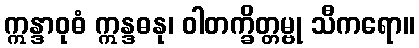
ဣန္ဒာဝုဓံ ဣန္ဒဓနု၊ ဝါတက္ခိတ္တမ္ဗု သီကရော။